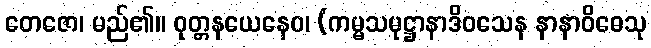
တေဇော၊ မည်၏။ ဝုတ္တနယေနေဝ၊ (ကမ္မသမုဋ္ဌာနာဒိဝသေန နာနာဝိဓေသု